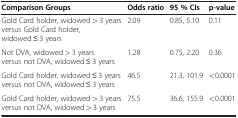
<table><thead><tr><td><b>Comparison Groups</b></td><td><b>Odds ratio</b></td><td><b>95 % CIs</b></td><td><b>p-value</b></td></tr></thead><tbody><tr><td>Gold Card holder, widowed &gt; 3 years versus Gold Card holder, widowed ≤ 3 years</td><td>2.09</td><td>0.85, 5.10</td><td>0.11</td></tr><tr><td>Not DVA, widowed &gt; 3 years versus not DVA, widowed ≤ 3 years</td><td>1.28</td><td>0.75, 2.20</td><td>0.36</td></tr><tr><td>Gold Card holder, widowed ≤ 3 years versus not DVA, widowed ≤ 3 years</td><td>46.5</td><td>21.3, 101.9</td><td>&lt;0.0001</td></tr><tr><td>Gold Card holder, widowed &gt; 3 years versus not DVA, widowed &gt; 3 years</td><td>75.5</td><td>36.6, 155.9</td><td>&lt;0.0001</td></tr></tbody></table>